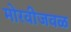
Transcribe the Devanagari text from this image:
मोरवीजवळ